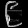
Digit: ၉